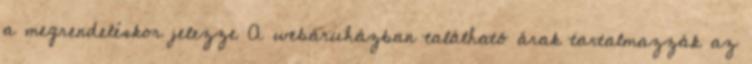
a megrendeléskor jelezze A webáruházban található árak tartalmazzák az